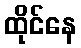
ထိုင်နေ